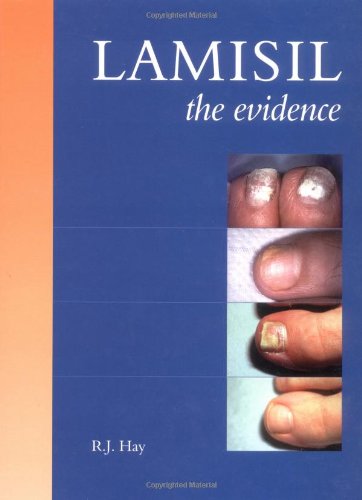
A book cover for Lamisil: The Evidence; R.J. Hay; Medical Books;